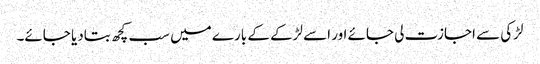
لڑکی سے اجازت لی جائے اور اسے لڑکے کے بارے میں سب کچھ بتادیا جائے۔